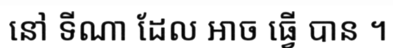
នៅ ទីណា ដែល អាច ធ្វើ បាន ។